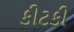
કીટકી